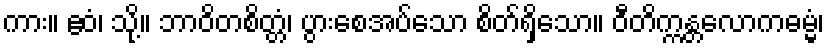
ကား။ ဧဝံ၊ သို့။ ဘာဝိတစိတ္တံ၊ ပွားစေအပ်သော စိတ်ရှိသော။ ဝီတိက္ကန္တလောကဓမ္မံ၊